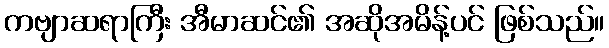
ကဗျာဆရာကြီး အီမာဆင်၏ အဆိုအမိန့်ပင် ဖြစ်သည်။